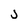
Character: j